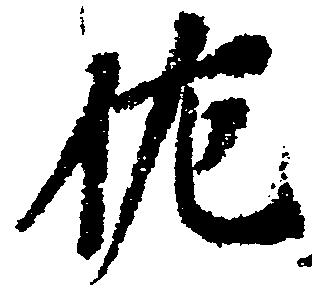
佐